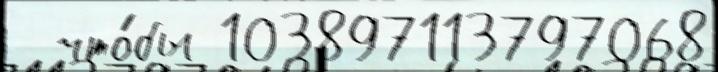
  что́бы 103897113797068